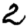
Digit: 2